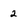
Character: 2